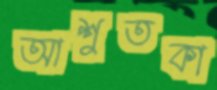
আশুতকা